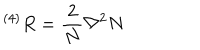
LaTeX: ^ { \left( 4 \right) } R = \frac { 2 } { N } \nabla ^ { 2 } N